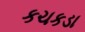
કચકડા